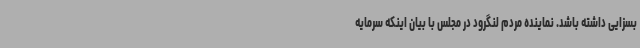
بسزایی داشته باشد. نماینده مردم لنگرود در مجلس با بیان اینکه سرمایه